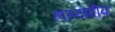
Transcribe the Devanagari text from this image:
हास्यदीप